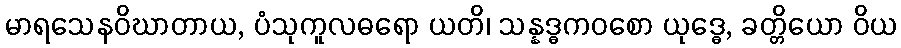
မာရသေနဝိဃာတာယ, ပံသုကူလဓရော ယတိ၊ သန္နဒ္ဓကဝစော ယုဒ္ဓေ, ခတ္တိယော ဝိယ